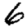
Digit: 6